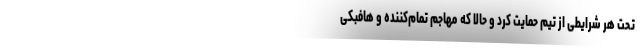
تحت هر شرایطی از تیم حمایت کرد و حالا که مهاجم تمام‌کننده و هافبکی